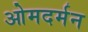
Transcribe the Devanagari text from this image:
ओमदर्मन